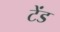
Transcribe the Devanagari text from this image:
टेंड